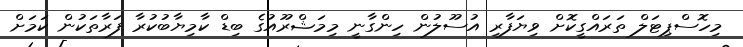
މިހޮސްޕިޓަލް ތަރައްގީކޮށް ވިޔަފާރި އުސޫލުން ހިންގާނީ މިމަޝްރޫއުގެ ބިޑް ކާމިޔާބުކުރާ ފަރާތަކުން ކަމަށް